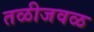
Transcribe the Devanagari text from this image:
तळीजवळ